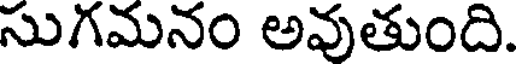
సుగమనం అవుతుంది.